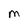
Character: M